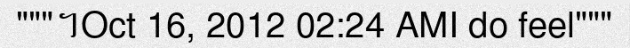
"""។Oct 16, 2012 02:24 AMI do feel"""